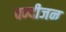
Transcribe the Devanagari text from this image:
वन्दीजन